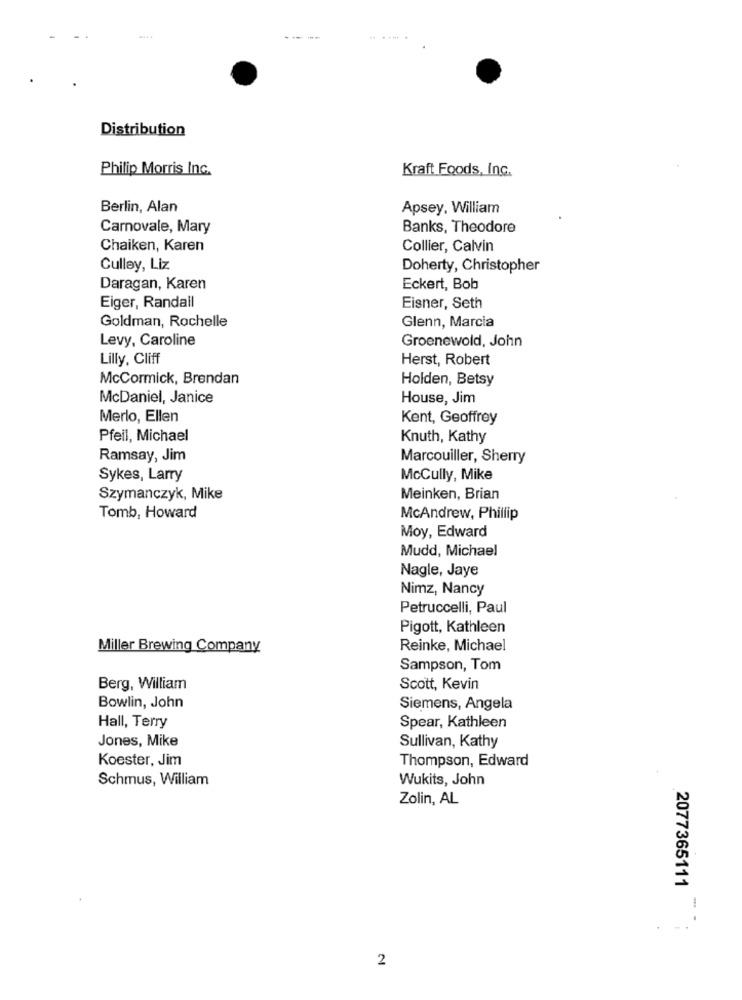
Distribution
Philip Morris Inc.
Kraft Foods, Inc.
Berlin, Alan
Apsey, William
Carnovale, Mary
Banks, Theodore
Chaiken, Karen
Collier, Calvin
Culley, Liz
Doherty, Christopher
Daragan, Karen
Eckert, Bob
Eiger, Randall
Eisner, Seth
Goldman, Rochelle
Glenn, Marcia
Levy, Caroline
Groenewold, John
Lilly, Cliff
Herst, Robert
McCormick, Brendan
Holden, Betsy
McDaniel, Janice
House, Jim
Merlo, Ellen
Kent, Geoffrey
Pfeil, Michael
Knuth, Kathy
Ramsay, Jim
Marcouiller, Sherry
Sykes, Larry
McCully, Mike
Szymanczyk, Mike
Meinken, Brian
Tomb, Howard
McAndrew, Phillip
Moy, Edward
Mudd, Michael
Nagle, Jaye
Nimz, Nancy
Petruccelli, Paul
Pigott, Kathleen
Miller Brewing Company
Reinke, Michael
Sampson, Tom
Berg, William
Scott, Kevin
Bowlin, John
Siemens, Angela
Hall, Terry
Spear, Kathleen
Jones, Mike
Sullivan, Kathy
Koester, Jim
Thompson, Edward
Schmus, William
Wukits, John
Zolin, AL
2077365111
1
2